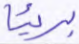
بريئا